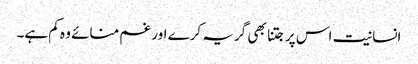
انسانیت اس پر جتنا بھی گریہ کرے اور غم منائے وہ کم ہے۔